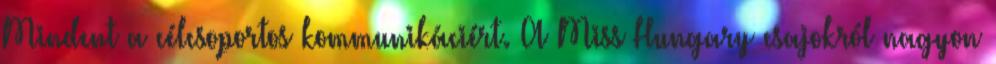
Mindent a célcsoportos kommunikáciért. A Miss Hungary csajokról nagyon